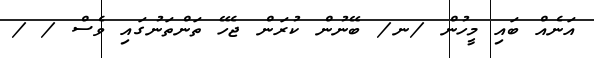
އަނެއް ބައި މީހުން /ނ/ ބޭނުން ކުރަން ޖެހޭ ތަންތަނުގައި ވެސް /ޱ/